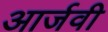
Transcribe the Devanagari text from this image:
आर्जवी